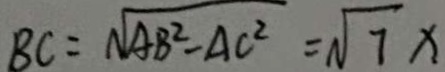
B C = \sqrt { A B ^ { 2 } - A C ^ { 2 } } = \sqrt { 7 } x